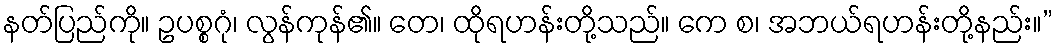
နတ်ပြည်ကို။ ဥပစ္စဂုံ၊ လွန်ကုန်၏။ တေ၊ ထိုရဟန်းတို့သည်။ ကေ စ၊ အဘယ်ရဟန်းတို့နည်း။”